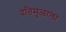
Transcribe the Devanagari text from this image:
दंतिमुळाला